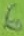
Text: 6